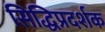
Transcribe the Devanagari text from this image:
सिद्धिप्रदर्शक